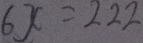
6 x = 2 2 2